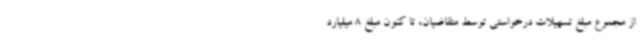
از مجموع مبلغ تسهیلات درخواستی توسط متقاضیان، تا کنون مبلغ 8 میلیارد